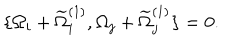
\{ \Omega _ { i } + \widetilde { \Omega } _ { i } ^ { ( 1 ) } , \Omega _ { j } + \widetilde { \Omega } _ { j } ^ { ( 1 ) } \} = 0 .